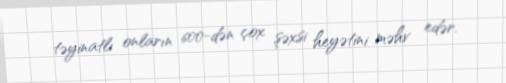
təyinatlı onların 600-dən çox şəxsi heyətini məhv edər.